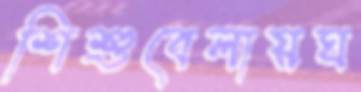
শিশুবেলায়ঘ